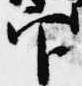
官